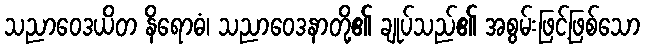
သညာဝေဒယိတ နိရောဓံ၊ သညာဝေဒနာတို့၏ ချုပ်သည်၏ အစွမ်းဖြင့်ဖြစ်သော